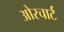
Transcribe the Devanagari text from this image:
ओरचार्ट